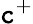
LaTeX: \mathtt{c}^{+}